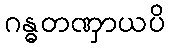
ဂန္ဓတဏှာယပိ